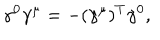
{ \gamma ^ { 0 } \gamma ^ { \mu } = - ( \gamma ^ { \mu } ) ^ { T } \gamma ^ { 0 } , }